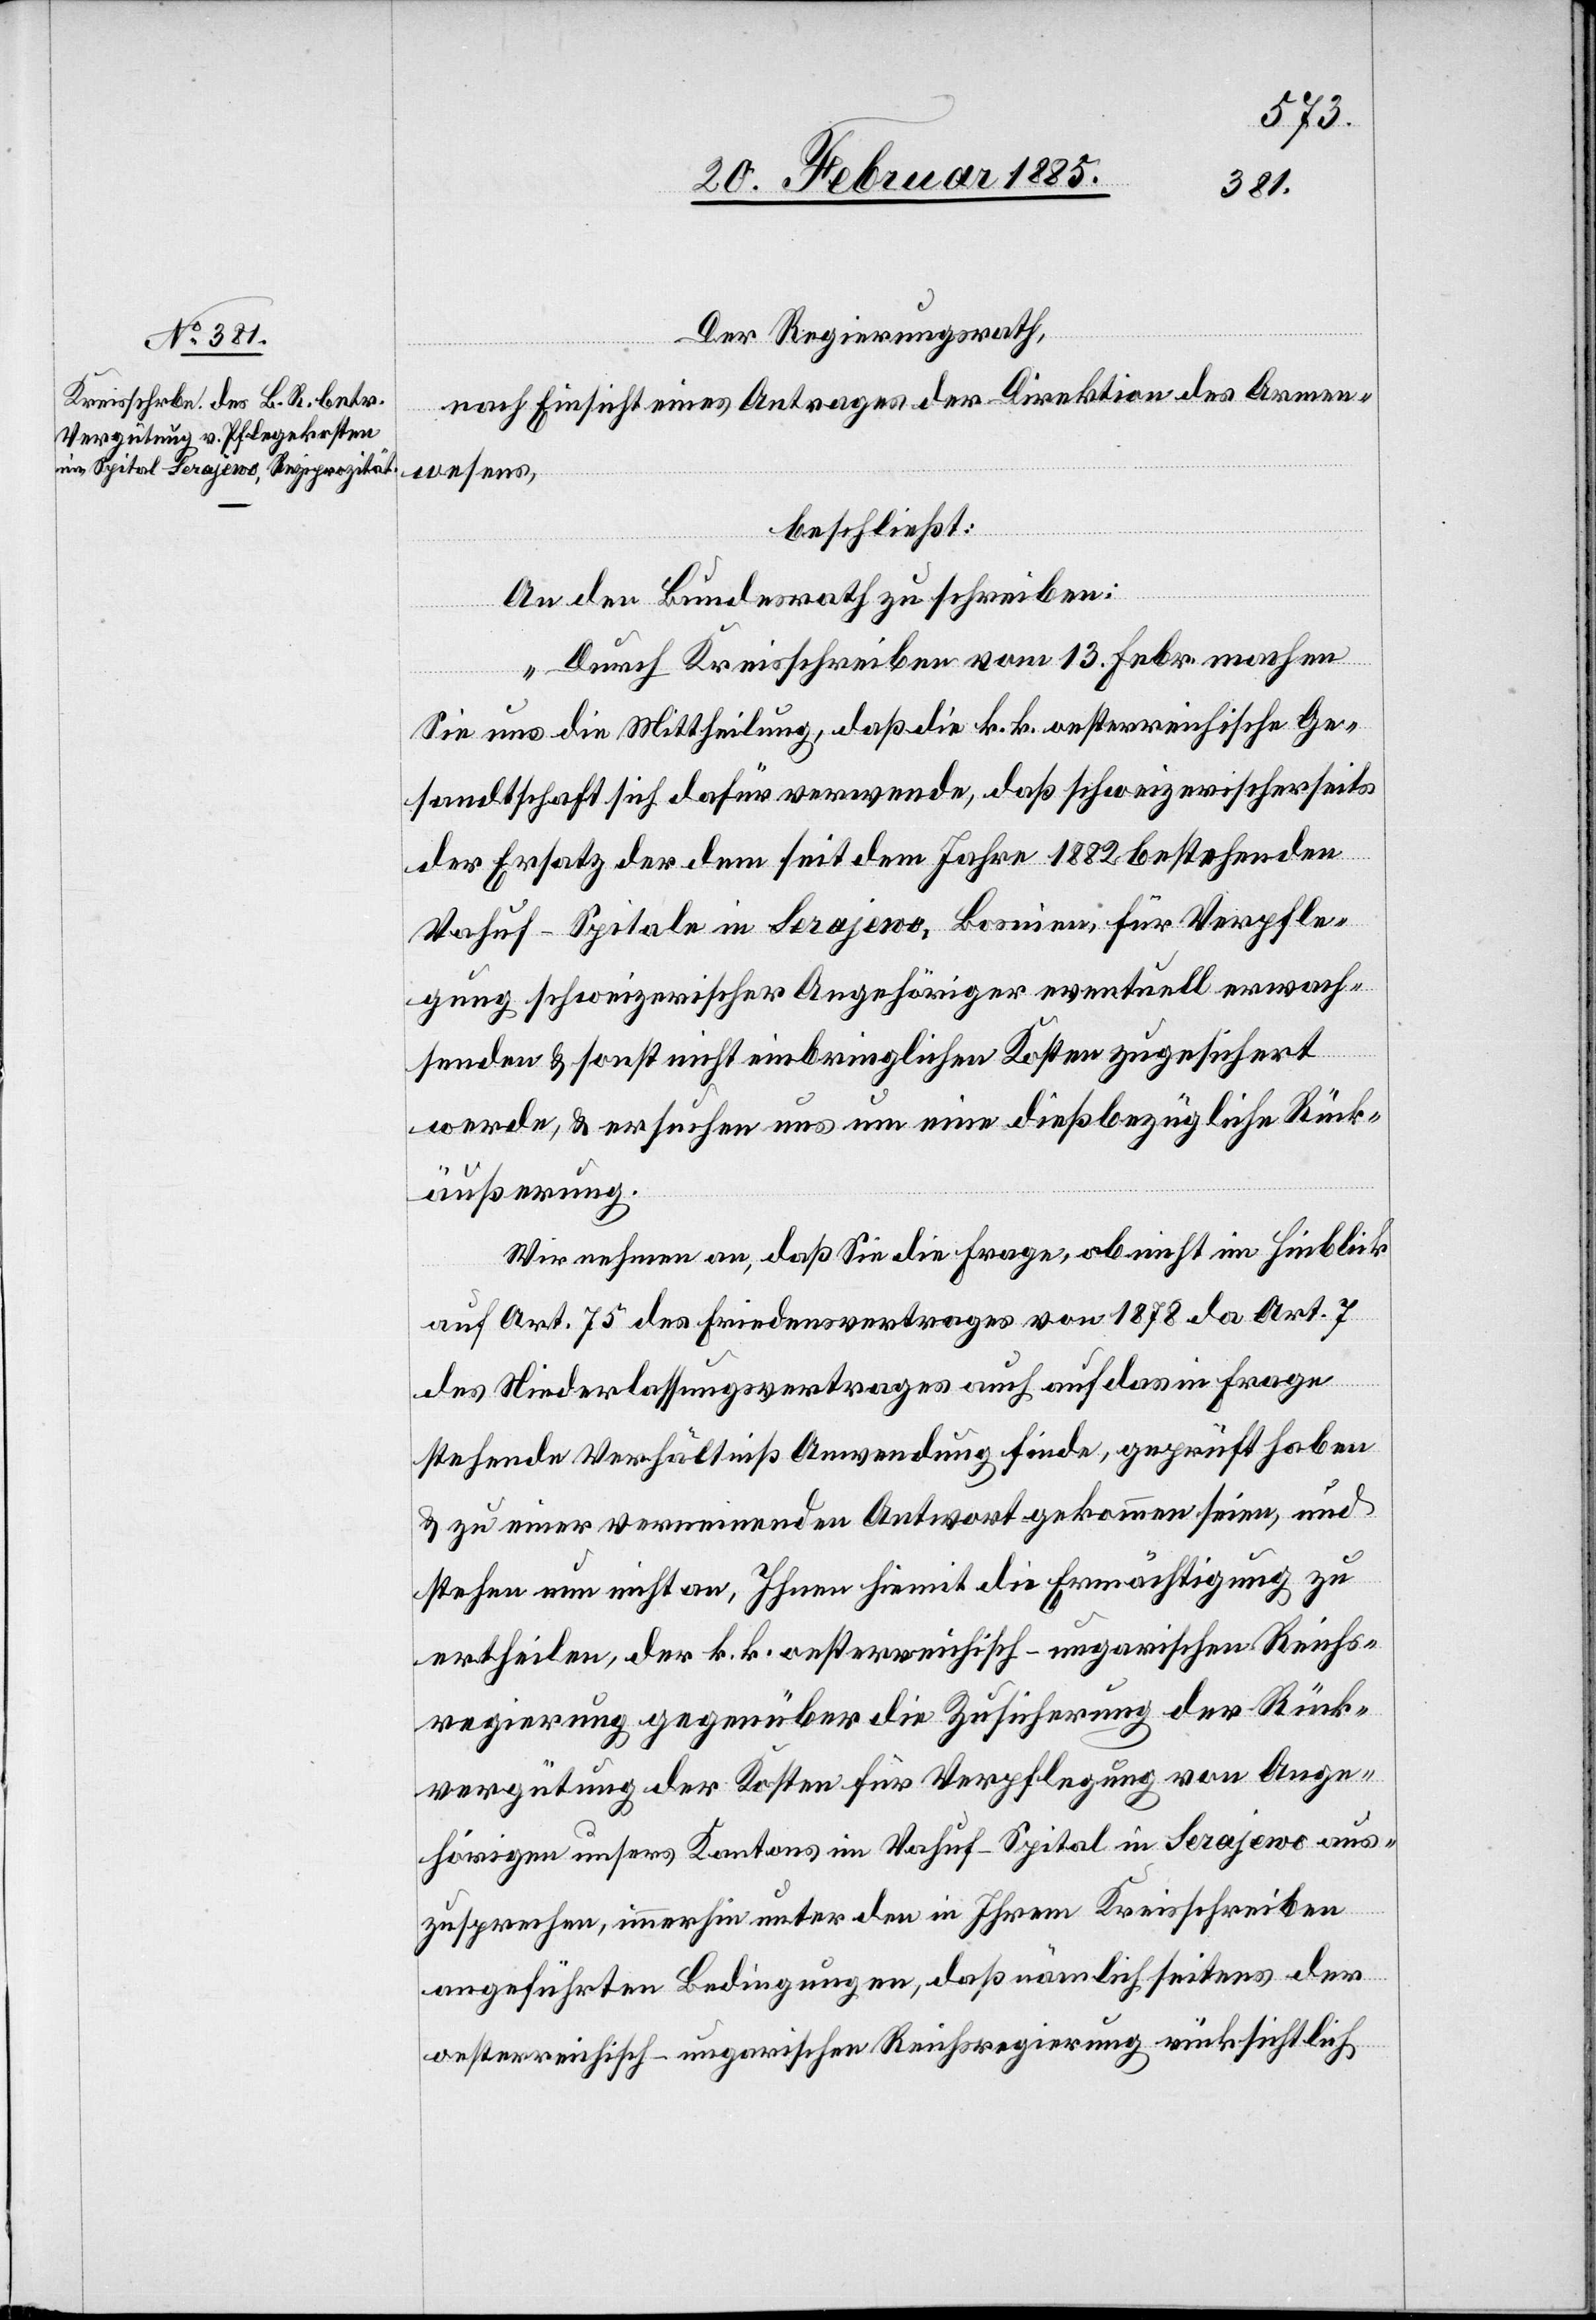
Der Regierungsrath,
nach Einsicht eines Antrages der Direktion des Armen¬
wesens,
beschließt:
An den Bundesrath zu schreiben:
„Durch Kreisschreiben vom 13. Febr. machen
Sie uns die Mittheilung, daß die k. k. oesterreichische Ge¬
sandtschaft sich dafür verwende, daß schweizerischerseits
der Ersatz der dem seit dem Jahre 1882 bestehenden
Vahuf-Spital in Serajewo, Bosnien, für Verpfle¬
gung schweizerischer Angehöriger eventuell erwach¬
senden & sonst nicht einbringlichen Kosten zugesichert
werde, & ersuchen uns um eine dießbezügliche Rück¬
äußerung.
Wir nehmen an, daß Sie die Frage, ob nicht im Hinblick
auf Art. 75 des Friedensvertrages von 1878 da Art. 7
des Niederlassungsvertrages auch auf das in Frage
stehende Verhältniß Anwendung finde, geprüft haben
& zu einer verneinenden Antwort gekommen seien, und
stehen nun nicht an, Ihnen hiemit die Ermächtigung zu
ertheilen, der k. k. oesterreichisch-ungarischen Reichs¬
regierung gegenüber die Zusicherung der Rück¬
vergütung der Kosten für Verpflegung von Ange¬
hörigen unsers Kantons im Vahuf-Spital in Serajewo aus¬
zusprechen, immerhin unter den in Ihrem Kreisschreiben
angeführten Bedingungen, daß nämlich seitens der
oesterreichisch-ungarischen Reichsregierung rücksichtlich